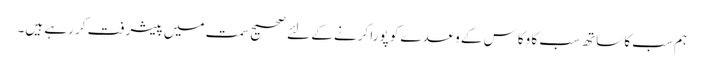
ہم سب کا ساتھ سب کا وکاس کے وعدے کو پورا کرنے کے لئے صحیح سمت میں پیشرفت کر رہے ہیں۔